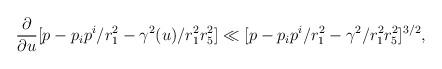
LaTeX: \begin{align*}{\partial \over {\partial u}} [ p - p_ip^i/r_1^2 -\gamma^2(u)/r_1^2r_5^2 ] \ll [p - p_ip^i/r_1^2 - \gamma^2/r_1^2r_5^2]^{3/2},\end{align*}